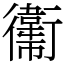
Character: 䘙